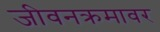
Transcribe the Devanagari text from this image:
जीवनक्रमावर